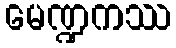
မေဏ္ဍကဿ